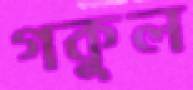
গকুল